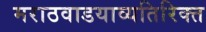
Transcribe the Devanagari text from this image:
मराठवाडयाव्यतिरिक्त